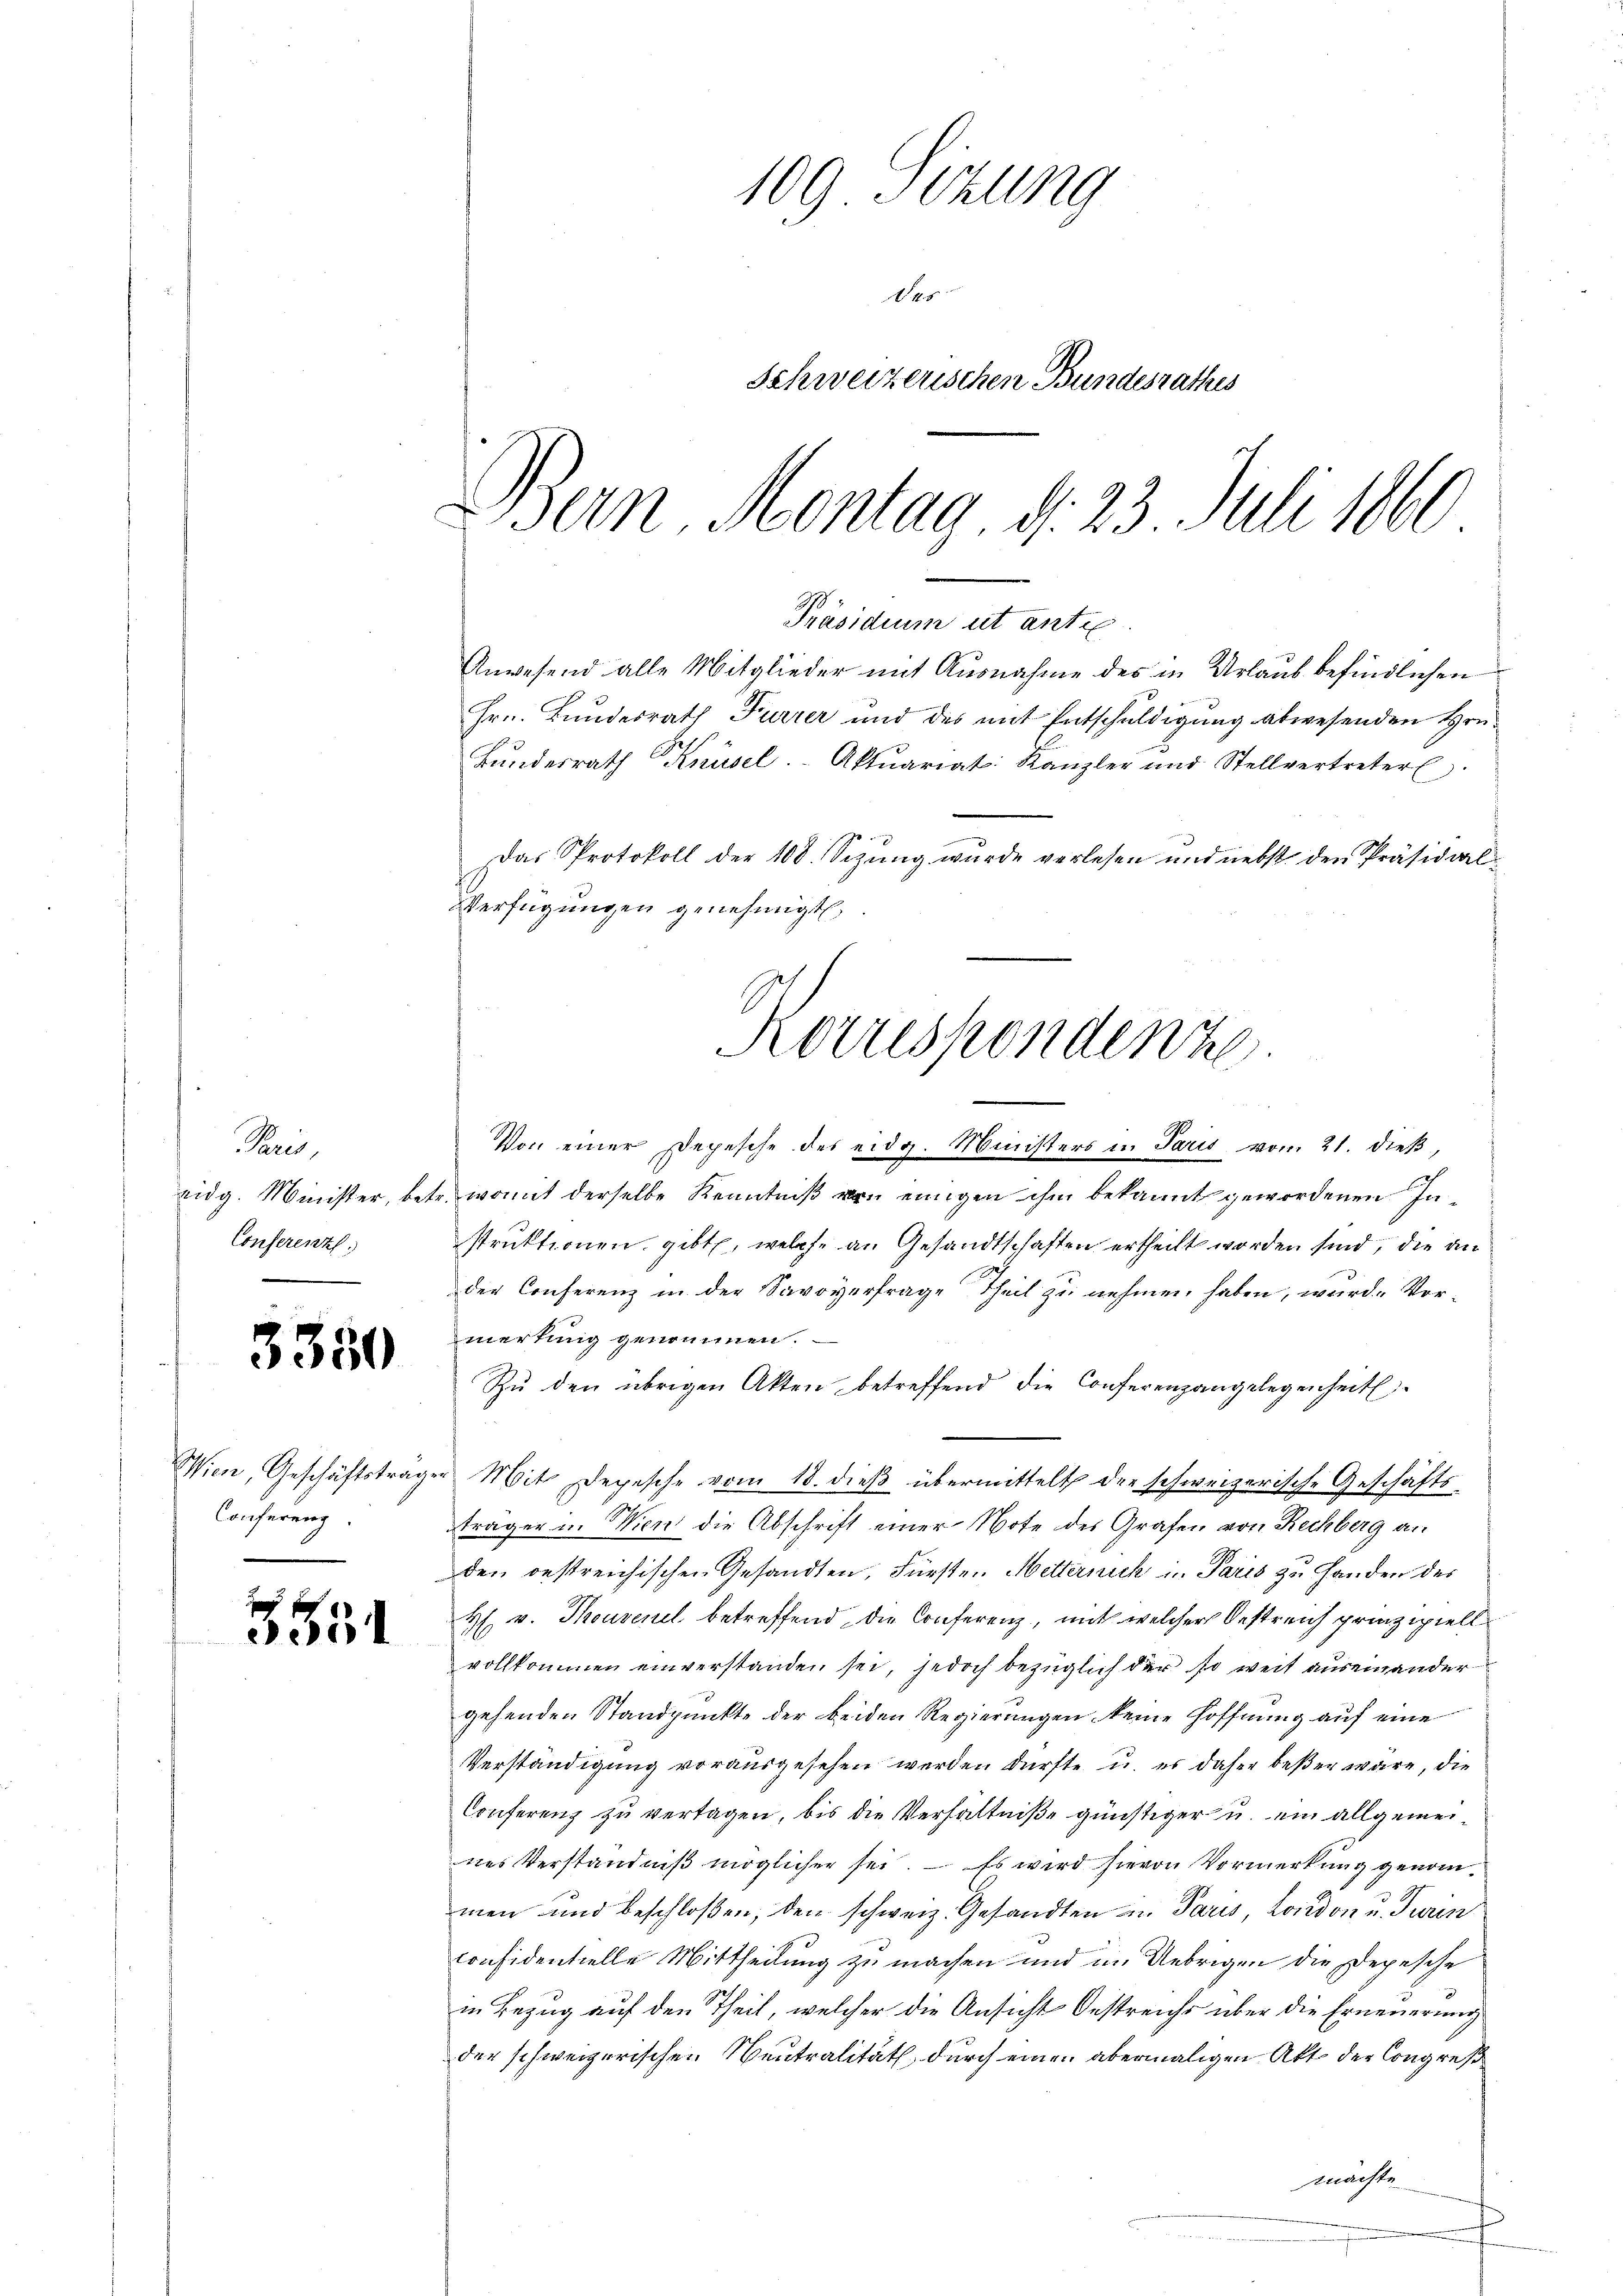
Pri
Conferenzl

3350

Conferenz

3551

109 Sizung
145
Schweizerischen Bundesrathes
.
Bern, Montag, d. 23. Juli 1860.

Hrn. Bundesrath Furrer und des mit Entschuldigung abwesenden Hrn.
Bŭndesrath Knüsel. Aktuariat: Kanzler und Stellvertreter.
Das Protokoll der 108. Sizung wurde verlesen und nebst den Präsidial¬
Verfügungen genehmigt.

Präsidium et anti
Anwesend alle Mitglieder mit Ausnahme des in Urlaub befindlichen

Herrespondenze

Von einer Depesche des eidg. Ministers in Paris vom 21. dieß,
Eidg. Minister, betr. womit derselbe Kenntniß von einigen ihm bekannt gewordenen Instruktionen gibt, welche an Gesandtschaften ertheilt worden sind, die an
der Conferenz in der Savoyerfrage Theil zu nehmen haben, wurde Vormerkung genommen.
Zŭ den übrigen Akten betreffend die Conferenzangelegenheit.
Wien, Geschäftsträger Mit Depesche vom 18. dieβ übermittelt der schweizerische Geschäfts-
träger in Wien die Abschrift einer Note des Grafen von Rechberg an
den bestreichischen Gesandten, Fürsten Metternich in Paris zu Handen des
H v. Thouvenel betreffend die Conferenz, mit welcher Oestreich prinzipiell
vollkommen einverstanden sei, jedoch bezüglich der so weit auseinander
gehenden Standpunkte der beiden Regierungen keine Hoffnung auf eine
Verständigung vorausgesehen werden dürfte, u. es daher beßer wäre, die
Conferenz zu vertagen, bis die Verhältniße günstiger u. ein allgemeines Verständniß möglicher sei. – Es wird hievon Vormerkung genommen und beschloßen, den schweiz. Gesandten in Paris, London u. Turin
considentielle Mittheilung zu machen und im Uebrigen die Depesche
in Bezug auf den Theil, welcher die Ansicht Oestreichs über die Erneuerung
der schweizerischen Neutralität durch einen abermaligen Akt der Congreß
machte.